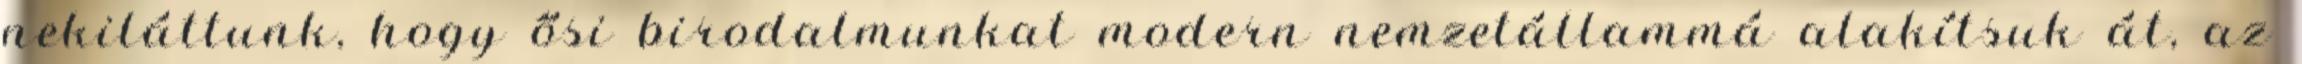
nekiláttunk, hogy ősi birodalmunkat modern nemzetállammá alakítsuk át, az